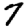
Digit: 7